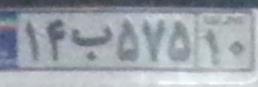
۱۴ب۵۷۵۱۰